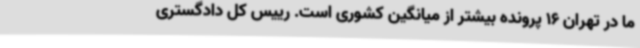
ما در تهران 16 پرونده بیشتر از میانگین کشوری است. رییس کل دادگستری